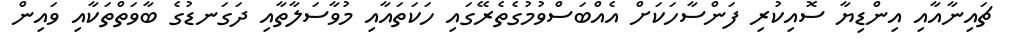
ޗައިނާއާއި އިންޑިޔާ ސޮއިކުރި ފަންސާހަކަށް އެއްބަސްވުމުގެތެރޭގައި ހަކަތައާއި މުވާސަލާތާއި ދަގަނޑުގެ ބާވަތްތަކާއި ވައިން